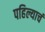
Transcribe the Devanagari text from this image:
पहिल्याचं